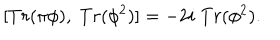
[ T r ( \pi \phi ) , \; T r ( \phi ^ { 2 } ) ] = - 2 i \; T r ( \phi ^ { 2 } ) .